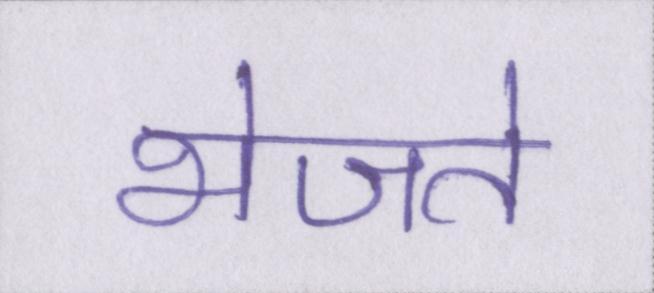
भेजते